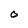
Character: O